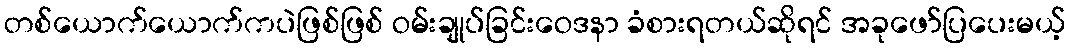
တစ်ယောက်ယောက်ကပဲဖြစ်ဖြစ် ဝမ်းချုပ်ခြင်းဝေဒနာ ခံစားရတယ်ဆိုရင် အခုဖော်ပြပေးမယ့်